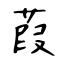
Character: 葭